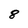
Character: 8